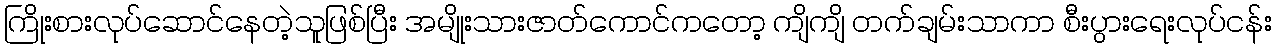
ကြိုးစားလုပ်ဆောင်နေတဲ့သူဖြစ်ပြီး အမျိုးသားဇာတ်ကောင်ကတော့ ကျိကျိ တက်ချမ်းသာကာ စီးပွားရေးလုပ်ငန်း